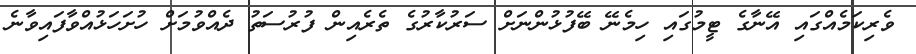
ވެރިކަމެއްގައި އޭނާގެ ޓީމުގައި ހިމެނޭ ބޭފުޅުންނަށް ސަރުކާރުގެ ތެރެއިން ފުރުސަތު ދެއްވުމަށް ހުށަހަޅުއްވާފައިވާނެ